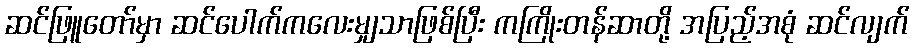
ဆင်ဖြူတော်မှာ ဆင်ပေါက်ကလေးမျှသာဖြစ်ပြီး ကကြိုးတန်ဆာတို့ အပြည့်အစုံ ဆင်လျက်